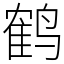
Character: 鹤